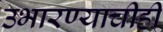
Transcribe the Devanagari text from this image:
उभारण्याचीही